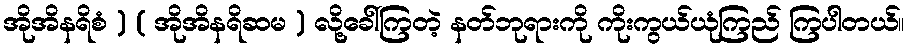
အိုအိနရိစံ ) ( အိုအိနရိဆမ ) လို့ခေါ်ကြတဲ့ နတ်ဘုရားကို ကိုးကွယ်ယုံကြည် ကြပါတယ်။